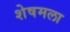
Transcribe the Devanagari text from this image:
शेषमला